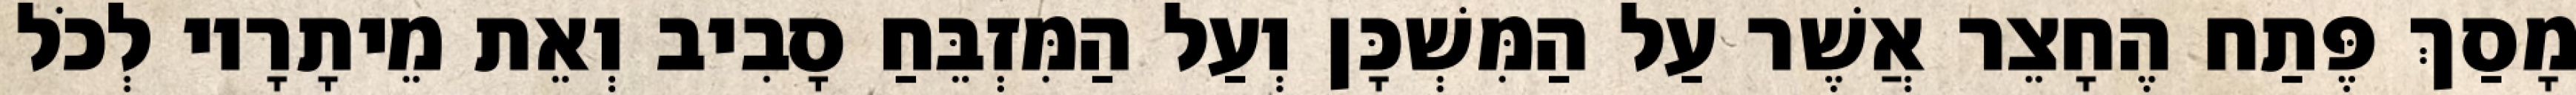
מָסַךְ פֶּתַח הֶחָצֵר אֲשֶׁר עַל הַמִּשְׁכָּן וְעַל הַמִּזְבֵּחַ סָבִיב וְאֵת מֵיתָרָיו לְכֹל